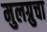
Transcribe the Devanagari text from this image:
मुलग्रुचा